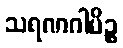
သရဏဂါမိဉ္စ